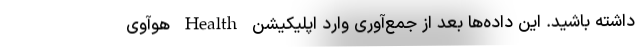
داشته باشید. این داده‌ها بعد از جمع‌آوری وارد اپلیکیشن Health هوآوی